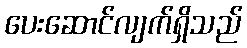
ပေးဆောင်လျက်ရှိသည်